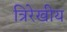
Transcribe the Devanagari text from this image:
त्रिरेखीय